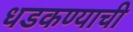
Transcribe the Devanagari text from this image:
धडकण्याची